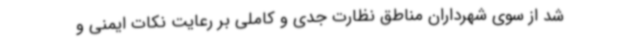
شد از سوی شهرداران مناطق نظارت جدی و کاملی بر رعایت نکات ایمنی و